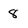
Character: 8